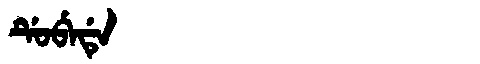
Manchu: ᡩᡠᠪᡝᡩᡝ
Romanization: DUBEDE